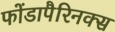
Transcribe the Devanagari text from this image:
फोंडापैरिनक्स